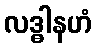
လဒ္ဓါနဟံ